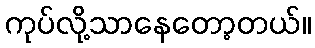
ကုပ်လို့သာနေတော့တယ်။